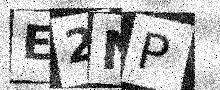
Text: E2NP